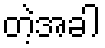
တဲ့အခါ